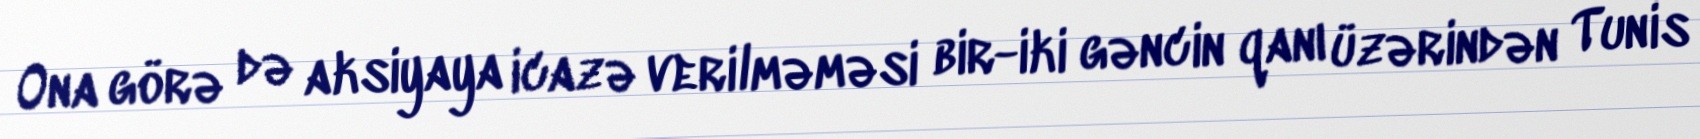
Ona görə də aksiyaya icazə verilməməsi bir-iki gəncin qanı üzərindən Tunis